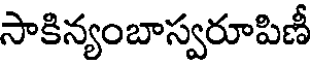
సాకిన్యంబాస్వరూపిణీ